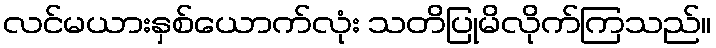
လင်မယားနှစ်ယောက်လုံး သတိပြုမိလိုက်ကြသည်။